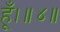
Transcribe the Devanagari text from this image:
हूँ।॥४॥